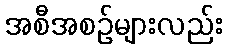
အစီအစဉ်များလည်း